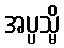
အပ္ပသ္မိ